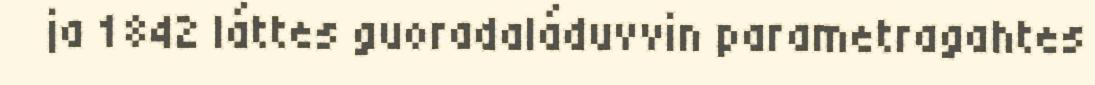
ja 1842 láttes guoradaláduvvin parametragahtes